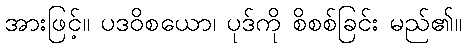
အားဖြင့်။ ပဒဝိစယော၊ ပုဒ်ကို စိစစ်ခြင်း မည်၏။